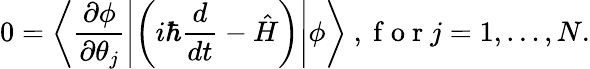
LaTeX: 0=\left\langle\frac{\partial\phi}{\partial\theta_{j}}\left\vert\left(i\hbar\frac{d}{dt}-\hat{H}\right)\right\vert\phi\right\rangle\mathrm{~,~f~o~r~}j=1,\ldots,N.